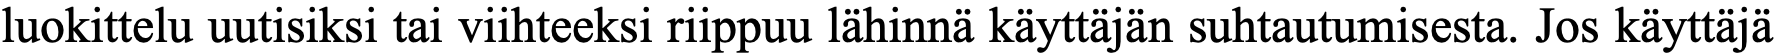
luokittelu uutisiksi tai viihteeksi riippuu lähinnä käyttäjän suhtautumisesta. Jos käyttäjä